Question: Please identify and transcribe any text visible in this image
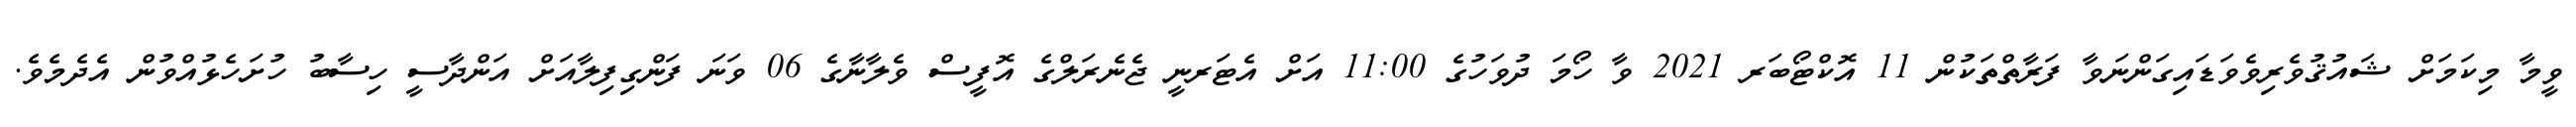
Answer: ވީމާ މިކަމަށް ޝައުޤުވެރިވެވަޑައިގަންނަވާ ފަރާތްތަކުން 11 އޮކްޓޯބަރ 2021 ވާ ހޯމަ ދުވަހުގެ 11:00 އަށް އެޓަރނީ ޖެނެރަލްގެ އޮފީސް ވެލާނާގެ 06 ވަނަ ފަންގިފިލާއަށް އަންދާސީ ހިސާބު ހުށަހެޅުއްވުން އެދެމެވެ.